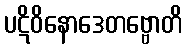
ပဋိဝိနောဒေတဗ္ဗောတိ